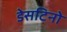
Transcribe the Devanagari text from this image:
डेसटिनो